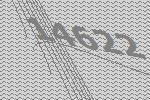
14622